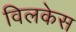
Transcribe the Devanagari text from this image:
विलकेस